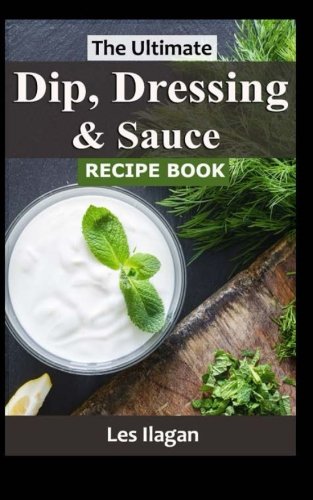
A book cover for The Ultimate Dip, Dressing & Sauce RECIPE BOOK; Les Ilagan; Cookbooks, Food & Wine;